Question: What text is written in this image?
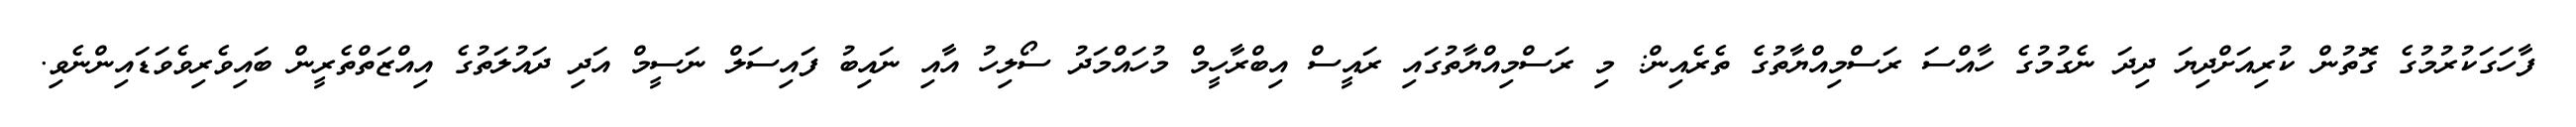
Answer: ފާހަގަކުރުމުގެ ގޮތުން ކުރިއަށްދިޔަ ދިދަ ނެގުމުގެ ހާއްސަ ރަސްމިއްޔާތުގެ ތެރެއިން: މި ރަސްމިއްޔާތުގައި ރައީސް އިބްރާހީމް މުހައްމަދު ސޯލިހު އާއި ނައިބު ފައިސަލް ނަސީމް އަދި ދައުލަތުގެ އިއްޒަތްތެރީން ބައިވެރިވެވަޑައިންނެވި.